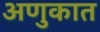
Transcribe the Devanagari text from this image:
अणुकात